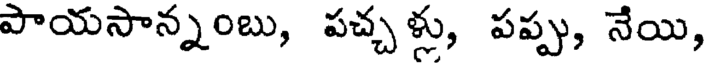
పాయసాన్నంబు, పచ్చళ్లు, పప్పు, నేయి,